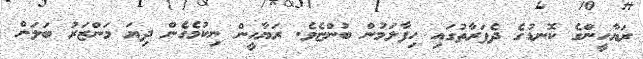
ރަޔާހީންގެ ކޮނޑުގެ ދެފަރާތުގައި ހިފާލަމުން ބުންޏެވެ. ރަޔާހީން ނިކުމެގެން ދިޔަ މަންޒަރު ބަލަން